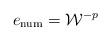
LaTeX: \begin{align*}e_{\rm num} = {\cal W}^{-p} \end{align*}